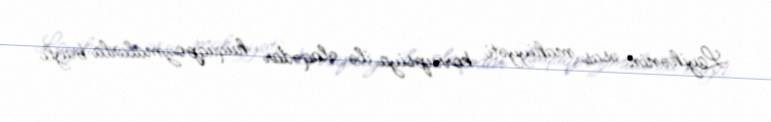
Layihənin əsas mahiyyəti korrupsiya ilə əlaqədar hüquqpozmalarla bağlı